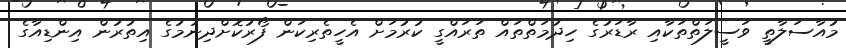
މުއާސަލާތީ ވަސީލަތްތަކާއި ރާޑަރުގެ ހިދުމަތްތައް ތަރައްގީ ކުރުމަށް އެހީތެރިކަން ފޯރުކޮށްދިނުމުގެ އިތުރުން އިންޑިއާގެ